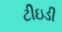
ટીઇડી